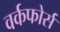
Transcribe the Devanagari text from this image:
वर्कफोर्स